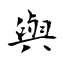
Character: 與